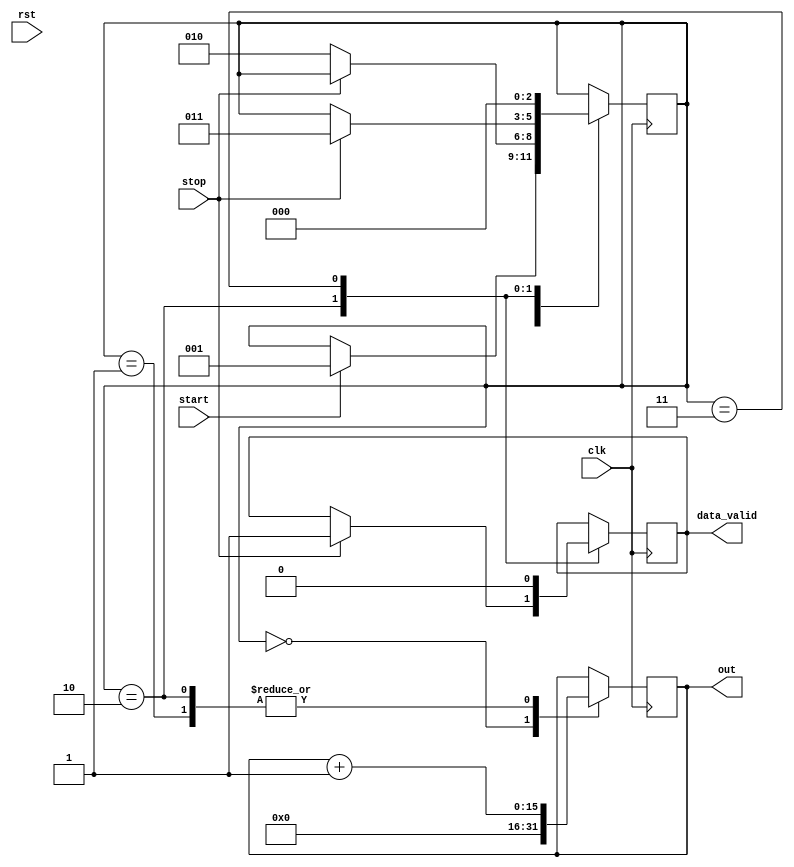
`timescale 1ns/10ps

module tdc(clk, rst, start, stop, out, data_valid);
  input clk, rst;
  input start, stop;
  output reg [15:0] out  = 15'h0;
  output reg data_valid = 1'b0;
  reg [2:0] FSM = 3'h0;
  always@(posedge clk)
  begin
    case(FSM)
    3'h0:
        begin
      out = 15'h0;
      if(start == 1) FSM <= 3'h1;
      end
    3'h1:
        begin
      out <= out+1;
      if(~stop) FSM<= 3'h2;
      end
    3'h2:
      begin
      out <= out+1;
      if(stop)
      begin
        FSM <=3'h3;
        data_valid <= 1'b1;
        end
      end
    3'h3:
        begin
      FSM <= 3'h0;
      data_valid <= 1'b0;
      end
  endcase
  end
endmodule

module delay(clk, rst,start,out,delay_size);
input clk;
input rst;
input start;
input [15:0] delay_size;
output reg out = 1'b0;
reg [15:0] counter = 16'h0;
reg [2:0] FSM = 3'h0;
always @ ( posedge clk ) begin
  case (FSM)
    3'h0:
      begin
      out <= 1'b0;
      if(start) begin
       counter <= delay_size; // priming the delay unit
       FSM <= 3'h1;
       end
      end
    3'h1:
    begin
      counter <= counter - 1;
      if(counter == 15'h1) begin
        out <= 1'b1;
        FSM <= 3'h0;
      end
      if(~rst) FSM <= 3'h0;
    end
  endcase
end
endmodule

module daq(clk, rst, s1, s2, sg, delS1_SIZE, delS2_SIZE, FAKESTOP_SIZE, tdc_out, trig_out, data_valid);
  input clk, rst;
  input s1, s2, sg;
  input [15:0] delS1_SIZE;
  input [15:0] delS2_SIZE;
  input [15:0] FAKESTOP_SIZE;
  output [15:0] tdc_out;
  output [15:0] trig_out;
  output data_valid;

  wire trigger;
  wire true_stop,fake_stop,stop;
  wire sync_s1,sync_s2,sync_sg;

  reg [15:0] delSG_SIZE = 16'd5;

  assign trigger = sync_s1 && sync_sg && ~sync_s2;
  assign true_stop = ~sync_s1 && ~sync_s2 && sync_sg;
  assign stop = true_stop || fake_stop;

  delay delayS1(.clk(clk), .rst(rst), .start(s1), .out(sync_s1), .delay_size(delS1_SIZE));
  delay delayS2(.clk(clk), .rst(rst), .start(s2), .out(sync_s2), .delay_size(delS2_SIZE));
  delay delaySG(.clk(clk), .rst(rst), .start(sg), .out(sync_sg), .delay_size(delSG_SIZE));
  delay gate_stop(.clk(clk), .rst(rst || ~true_stop), .start(trigger), .out(fake_stop), .delay_size(FAKESTOP_SIZE));
  tdc tdc1(.clk(clk),.rst(rst),.start(trigger),.stop(stop),.out(tdc_out),.data_valid(data_valid));

endmodule